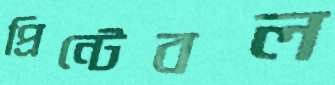
প্রিন্টেবল